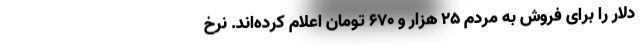
دلار را برای فروش به مردم ۲۵ هزار و ۶۷۰ تومان اعلام کرده‌اند. نرخ